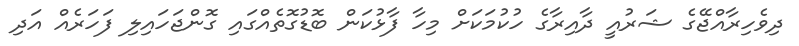
ދިވެހިރާއްޖޭގެ ޝަރުއީ ދާއިރާގެ ހުކުމަކަށް މިހާ ފާޅުކަން ބޮޑުގޮތެއްގައި ގޮންޖަހައިލި ފަހަރެއް އަދި